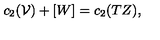
c _ { 2 } ( \mathcal { V } ) + [ W ] = c _ { 2 } ( T Z ) ,